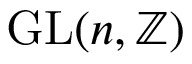
\operatorname { G L } ( n , \mathbb { Z } )